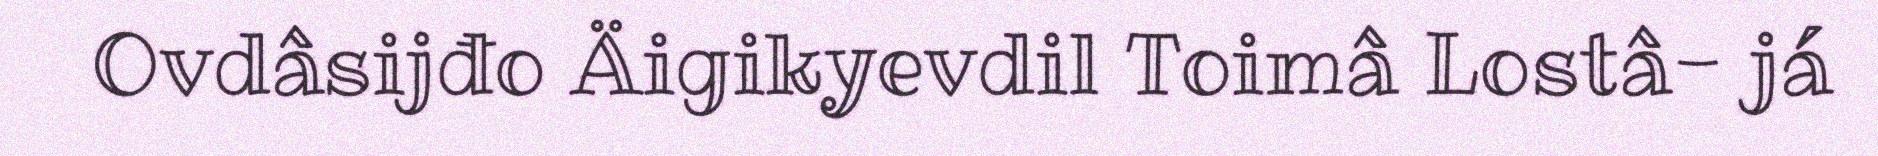
Ovdâsijđo Äigikyevdil Toimâ Lostâ- já